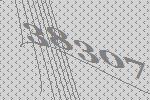
38307